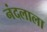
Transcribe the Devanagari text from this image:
नंदलाला